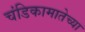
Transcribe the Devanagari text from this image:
चंडिकामातेच्या